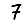
Digit: 7